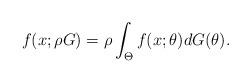
LaTeX: \begin{align*}f(x; \rho G) = \rho \int_\Theta f(x; \theta) dG(\theta).\end{align*}